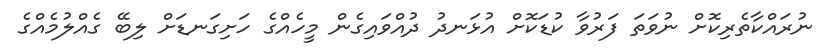
ނުރައްކާތެރިކޮށް ނުވަތަ ފަރުވާ ކުޑަކޮށް އުޅަނދު ދުއްވައިގެން މީހެއްގެ ހަށިގަނޑަށް ލިބޭ ގެއްލުމެއްގެ